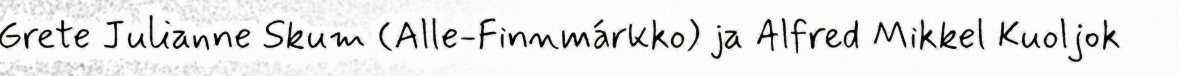
Grete Julianne Skum (Alle-Finnmárkko) ja Alfred Mikkel Kuoljok